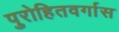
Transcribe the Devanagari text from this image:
पुरोहितवर्गास